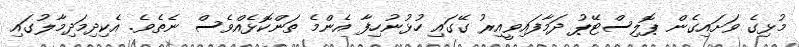
މުޅިގެ ވަށައިގެން ޕޮލިސްޓޭޕު ދަމާފައިވީއިރު ގޭގައި ހުޅުނުހިފާ އެންމެ ތަންކޮޅެއްވެސް ނެތެވެ. އެކިދިމަދިމާލުގައި